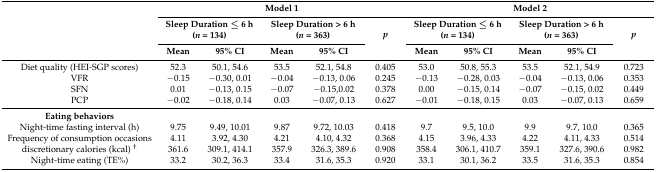
<table><thead><tr><td rowspan="3"></td><td colspan="5"><b>Model 1</b></td><td colspan="5"><b>Model 2</b></td></tr><tr><td colspan="2"><b>Sleep Duration ≤ 6 h (<i>n</i> = 134)</b></td><td colspan="2"><b>Sleep Duration &gt; 6 h (<i>n</i> = 363)</b></td><td rowspan="2"><b><i>p</i></b></td><td colspan="2"><b>Sleep Duration ≤ 6 h (<i>n</i> = 134)</b></td><td colspan="2"><b>Sleep Duration &gt; 6 h (<i>n</i> = 363)</b></td><td rowspan="2"><b><i>p</i></b></td></tr><tr><td><b>Mean</b></td><td><b>95% CI</b></td><td><b>Mean</b></td><td><b>95% CI</b></td><td><b>Mean</b></td><td><b>95% CI</b></td><td><b>Mean</b></td><td><b>95% CI</b></td></tr></thead><tbody><tr><td>Diet quality (HEI-SGP scores)</td><td>52.3</td><td>50.1, 54.6</td><td>53.5</td><td>52.1, 54.8</td><td>0.405</td><td>53.0</td><td>50.8, 55.3</td><td>53.5</td><td>52.1, 54.9</td><td>0.723</td></tr><tr><td>VFR</td><td>−0.15</td><td>−0.30, 0.01</td><td>−0.04</td><td>−0.13, 0.06</td><td>0.245</td><td>−0.13</td><td>−0.28, 0.03</td><td>−0.04</td><td>−0.13, 0.06</td><td>0.353</td></tr><tr><td>SFN</td><td>0.01</td><td>−0.13, 0.15</td><td>−0.07</td><td>−0.15,0.02</td><td>0.378</td><td>0.00</td><td>−0.15, 0.14</td><td>−0.07</td><td>−0.15, 0.02</td><td>0.449</td></tr><tr><td>PCP</td><td>−0.02</td><td>−0.18, 0.14</td><td>0.03</td><td>−0.07, 0.13</td><td>0.627</td><td>−0.01</td><td>−0.18, 0.15</td><td>0.03</td><td>−0.07, 0.13</td><td>0.659</td></tr><tr><td><b>Eating behaviors</b></td><td></td><td></td><td></td><td></td><td></td><td></td><td></td><td></td><td></td><td></td></tr><tr><td>Night-time fasting interval (h)</td><td>9.75</td><td>9.49, 10.01</td><td>9.87</td><td>9.72, 10.03</td><td>0.418</td><td>9.7</td><td>9.5, 10.0</td><td>9.9</td><td>9.7, 10.0</td><td>0.365</td></tr><tr><td>Frequency of consumption occasions</td><td>4.11</td><td>3.92, 4.30</td><td>4.21</td><td>4.10, 4.32</td><td>0.368</td><td>4.15</td><td>3.96, 4.33</td><td>4.22</td><td>4.11, 4.33</td><td>0.514</td></tr><tr><td>discretionary calories (kcal) <sup>†</sup></td><td>361.6</td><td>309.1, 414.1</td><td>357.9</td><td>326.3, 389.6</td><td>0.908</td><td>358.4</td><td>306.1, 410.7</td><td>359.1</td><td>327.6, 390.6</td><td>0.982</td></tr><tr><td>Night-time eating (TE%)</td><td>33.2</td><td>30.2, 36.3</td><td>33.4</td><td>31.6, 35.3</td><td>0.920</td><td>33.1</td><td>30.1, 36.2</td><td>33.5</td><td>31.6, 35.3</td><td>0.854</td></tr></tbody></table>